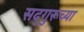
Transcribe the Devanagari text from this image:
सद्‌गुरूच्या